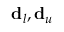
\mathbf { d } _ { l } , \mathbf { d } _ { u }